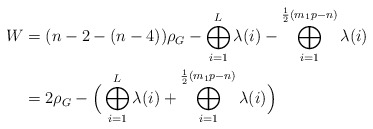
\begin{align*} W & = (n-2-(n-4))\rho_G - \bigoplus_{i=1}^L \lambda(i) - \bigoplus_{i=1}^{\frac{1}{2}(m_1p-n)} \lambda(i) \\ & = 2\rho_G - \Big(\bigoplus_{i=1}^L \lambda(i) + \bigoplus_{i=1}^{\frac{1}{2}(m_1p-n)} \lambda(i) \Big)\end{align*}